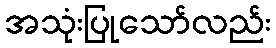
အသုံးပြုသော်လည်း